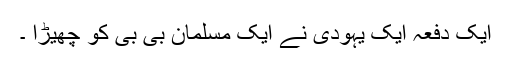
ایک دفعہ ایک یہودی نے ایک مسلمان بی بی کو چھیڑا ۔